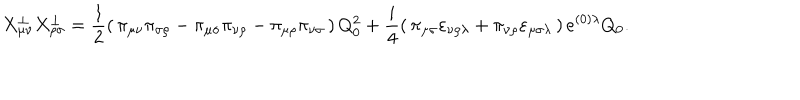
X _ { \mu \nu } ^ { \bot } X _ { \rho \sigma } ^ { \bot } = \frac { 1 } { 2 } \left( \, \pi _ { \mu \nu } \pi _ { \sigma \rho } - \pi _ { \mu \sigma } \pi _ { \nu \rho } - \pi _ { \mu \rho } \pi _ { \nu \sigma } \, \right) Q _ { 0 } ^ { 2 } + \frac { i } { 4 } \left( \, \pi _ { \mu \sigma } \varepsilon _ { \nu \rho \lambda } + \pi _ { \nu \rho } \varepsilon _ { \mu \sigma \lambda } \, \right) e ^ { ( 0 ) \lambda } Q _ { 0 } .